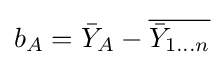
b_{A}={\bar {Y}}_{A}-{\overline {{\bar {Y}}_{1\dots n}}}